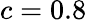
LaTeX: c=0.8